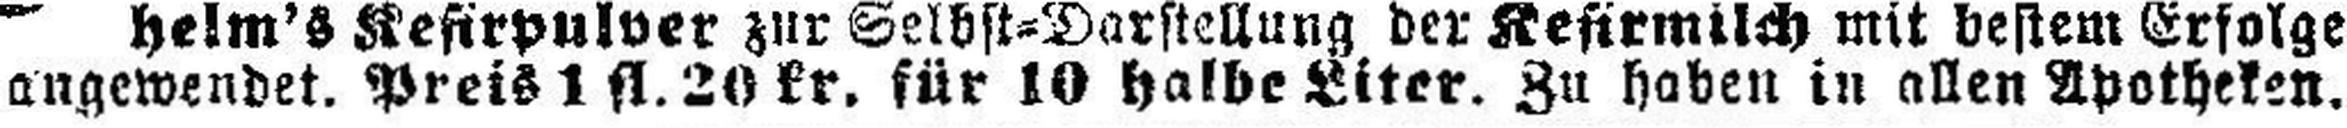
angewendet. Preis 1 fl. 20 kr. für 10 halbe Liter. Zu haben in allen Apotheken.